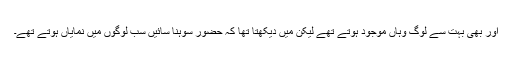
اور بھی بہت سے لوگ وہاں موجود ہوتے تھے لیکن میں دیکھتا تھا کہ حضور سوہنا سائیںؒ سب لوگوں میں نمایاں ہوتے تھے۔